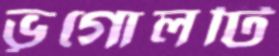
ভূগোলটি